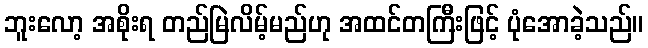
ဘူးလော့ အစိုးရ တည်မြဲလိမ့်မည်ဟု အထင်တကြီးဖြင့် ပုံအောခဲ့သည်။